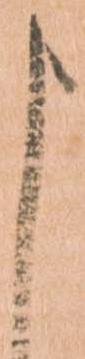
よ